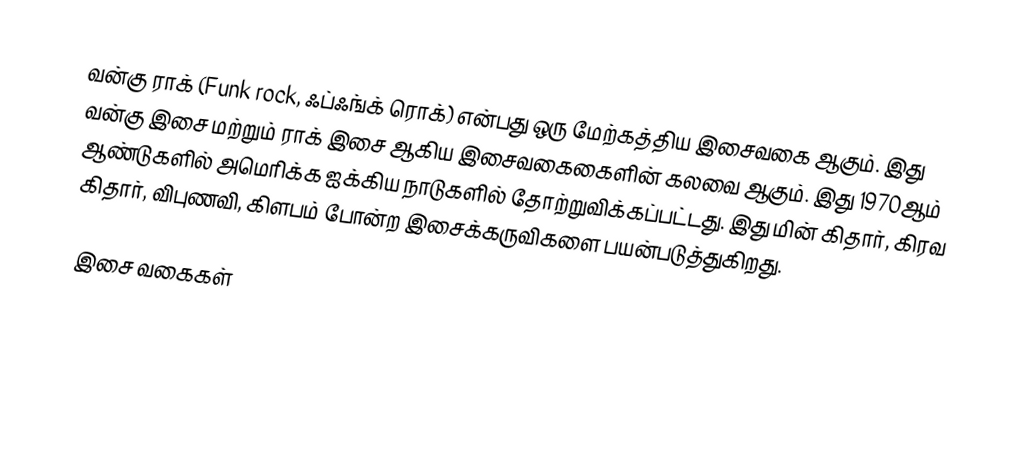
வன்கு ராக் (Funk rock, ஃப்ஃங்க் ரொக்) என்பது ஒரு மேற்கத்திய இசைவகை ஆகும். இது வன்கு இசை மற்றும் ராக் இசை ஆகிய இசைவகைகைளின் கலவை ஆகும். இது 1970ஆம் ஆண்டுகளில் அமெரிக்க ஐக்கிய நாடுகளில் தோற்றுவிக்கப்பட்டது. இது மின் கிதார், கிரவ கிதார், விபுணவி, கிளபம் போன்ற இசைக்கருவிகளை பயன்படுத்துகிறது.

இசை வகைகள்